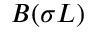
B ( \sigma L )